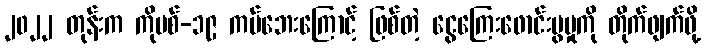
၂၀၂၂ တုန်းက ကိုဗစ်-၁၉ ကပ်ဘေးကြောင့် ဖြစ်တဲ့ ငွေကြေးဖောင်းပွမှုကို တိုက်ဖျက်ဖို့